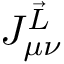
J _ { \mu \nu } ^ { \vec { L } }